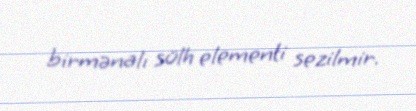
birmənalı sülh elementi sezilmir.